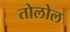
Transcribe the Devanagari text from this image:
तोलोल